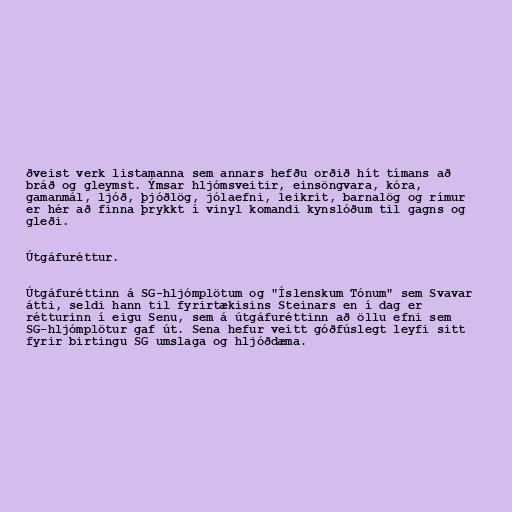
ðveist verk listamanna sem annars hefðu orðið hít tímans að
bráð og gleymst. Ýmsar hljómsveitir, einsöngvara, kóra,
gamanmál, ljóð, þjóðlög, jólaefni, leikrit, barnalög og rímur
er hér að finna þrykkt í vinyl komandi kynslóðum til gagns og
gleði.

Útgáfuréttur.

Útgáfuréttinn á SG-hljómplötum og "Íslenskum Tónum" sem Svavar
átti, seldi hann til fyrirtækisins Steinars en í dag er
rétturinn í eigu Senu, sem á útgáfuréttinn að öllu efni sem
SG-hljómplötur gaf út. Sena hefur veitt góðfúslegt leyfi sitt
fyrir birtingu SG umslaga og hljóðdæma.